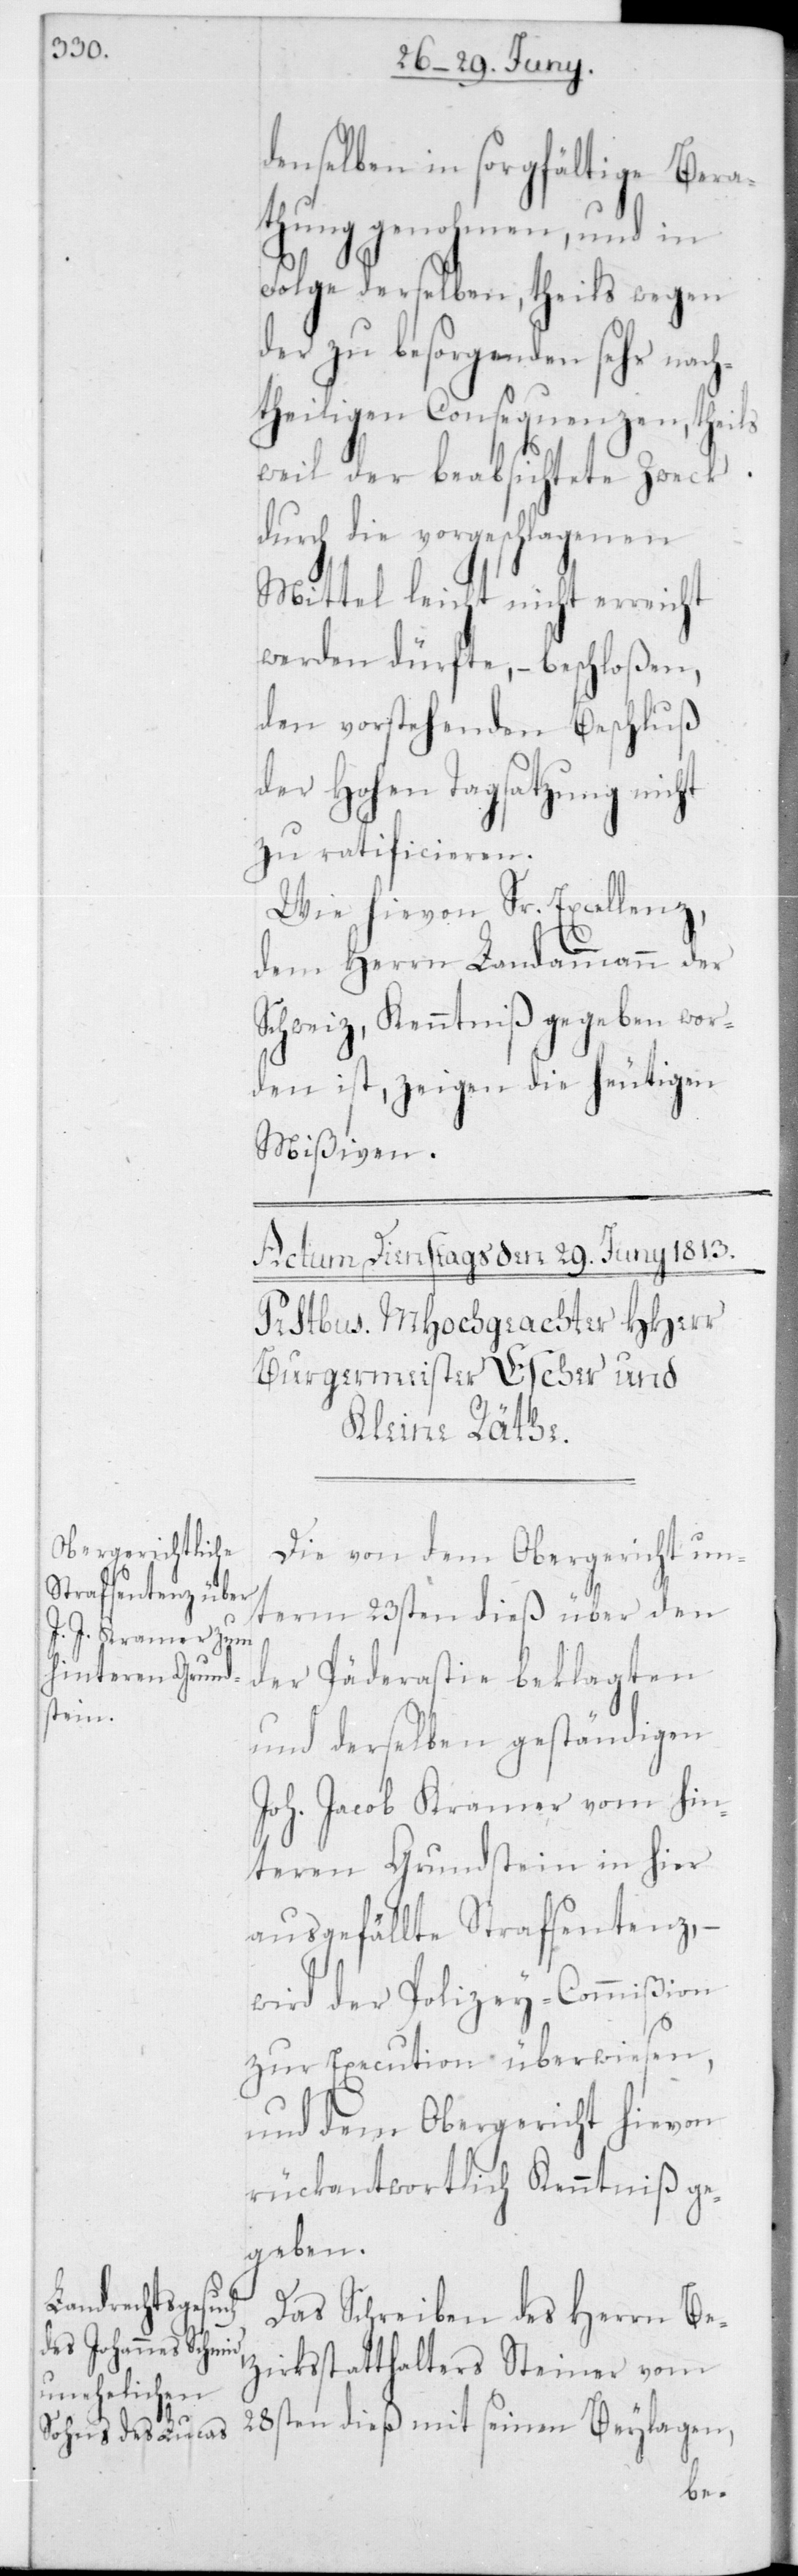
denselben in sorgfältige Bera¬
thung genohmen, und in
Folge derselben, theils wegen
der zu besorgenden sehr nach¬
theiligen Consequenzen, theils
weil der beabsichtete Zweck
durch die vorgeschlagenen
Mittel leicht nicht erreicht
werden dürfte, – beschloßen,
den vorstehenden Beschluß
der Hohen Tagsatzung nicht
zu ratificieren.
Wie hievon Sr. Excellenz
dem Herrn Landammann der
Schweiz, Kenntniß gegeben wor¬
den ist, zeigen die heutigen
Mißiven.
Die von dem Obergericht un¬
term 23sten dieß über den
der Päderastie beklagten
und derselben geständigen
Joh. Jacob Kramer vom Hin¬
teren Grundstein in hier
ausgefällte Strafsentenz, –
wird der Polizey-Commißion
zur Execution überwiesen,
und dem Obergericht hievon
rückantwortlich Kenntniß ge¬
geben.
Das Schreiben des Herrn Be¬
zirksstatthalters Steiner vom
28sten dieß mit seinen Beylagen,